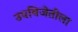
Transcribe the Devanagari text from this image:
उपविजेतीला